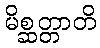
မိစ္ဆတ္တာတိ